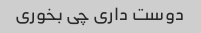
دوست داری چی بخوری